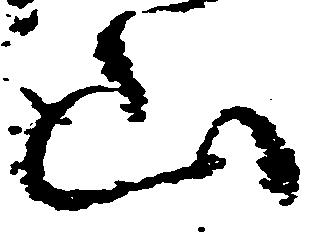
山